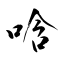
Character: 唅